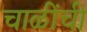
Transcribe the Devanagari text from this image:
चाळींची